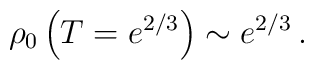
\rho_0 \left(T=e^{2/3}\right) \sim e^{2/3}\,.